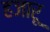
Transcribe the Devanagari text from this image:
हजारू